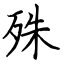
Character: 殊